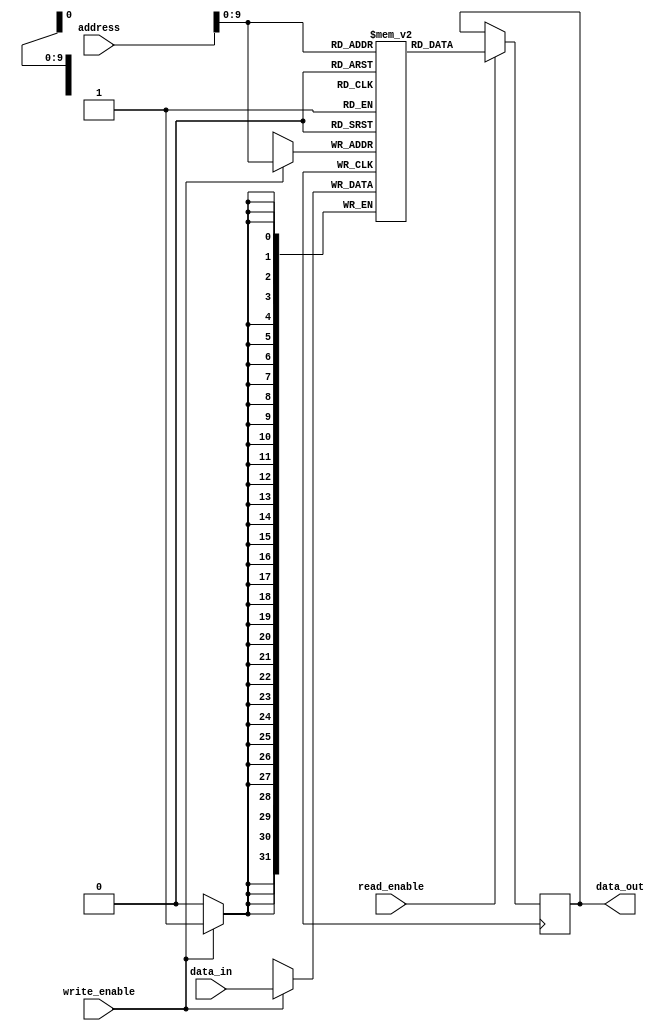
module register_file (
  input wire [31:0] data_in,
  input wire [31:0] address,
  input wire write_enable,
  input wire read_enable,
  output reg [31:0] data_out
);

reg [31:0] registers [1023:0]; // Creating an array of registers

always @ (posedge clock) begin
  if (write_enable) begin
    registers[address] <= data_in; // Write data to the selected register
  end
end

always @ (posedge clock) begin
  if (read_enable) begin
    data_out <= registers[address]; // Read data from the selected register
  end
end

endmodule